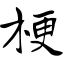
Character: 梗